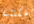
مكتئبة